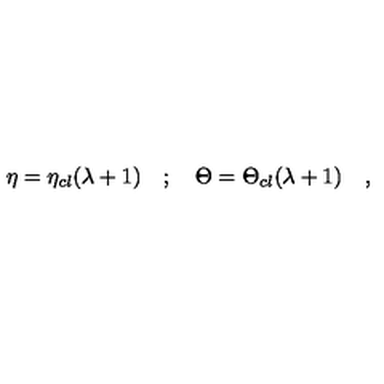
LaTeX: \eta = \eta _ { c l } ( \lambda + 1 ) \quad ; \quad \Theta = \Theta _ { c l } ( \lambda + 1 ) \quad ,